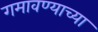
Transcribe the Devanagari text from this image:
गमावण्याच्या